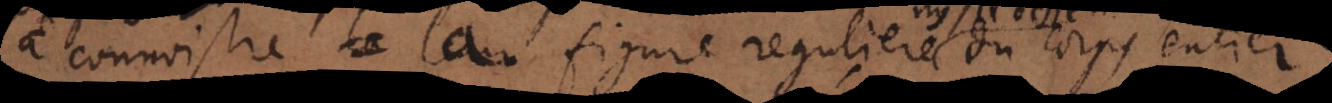
à connoistre la figure reguliere du corps entier